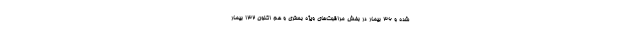
شده و 36 بیمار در بخش مراقبت‌‌های ویژه بستری و هم اکنون 132 بیمار